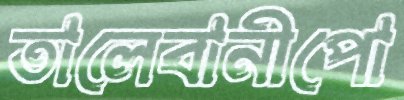
তালেবানীপো